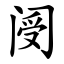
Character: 阌